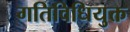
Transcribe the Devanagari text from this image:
गतिविधियुक्त